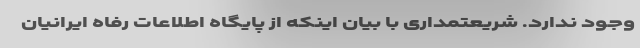
وجود ندارد. شریعتمداری با بیان اینکه از پایگاه اطلاعات رفاه ایرانیان